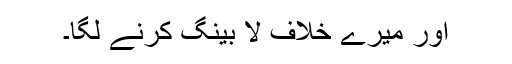
اور میرے خلاف لا بینگ کرنے لگا۔